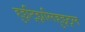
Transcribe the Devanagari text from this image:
हुइट्झिलिहुइट्ल